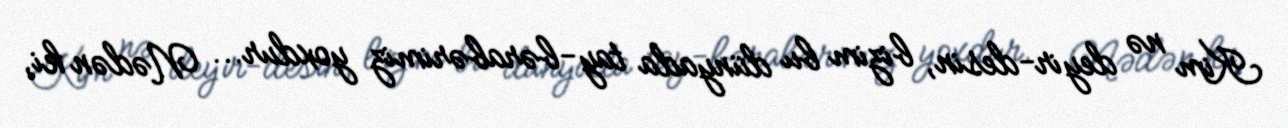
Kim nə deyir-desin, bizim bu dünyada tay-bərabərimiz yoxdur... Nədən ki,